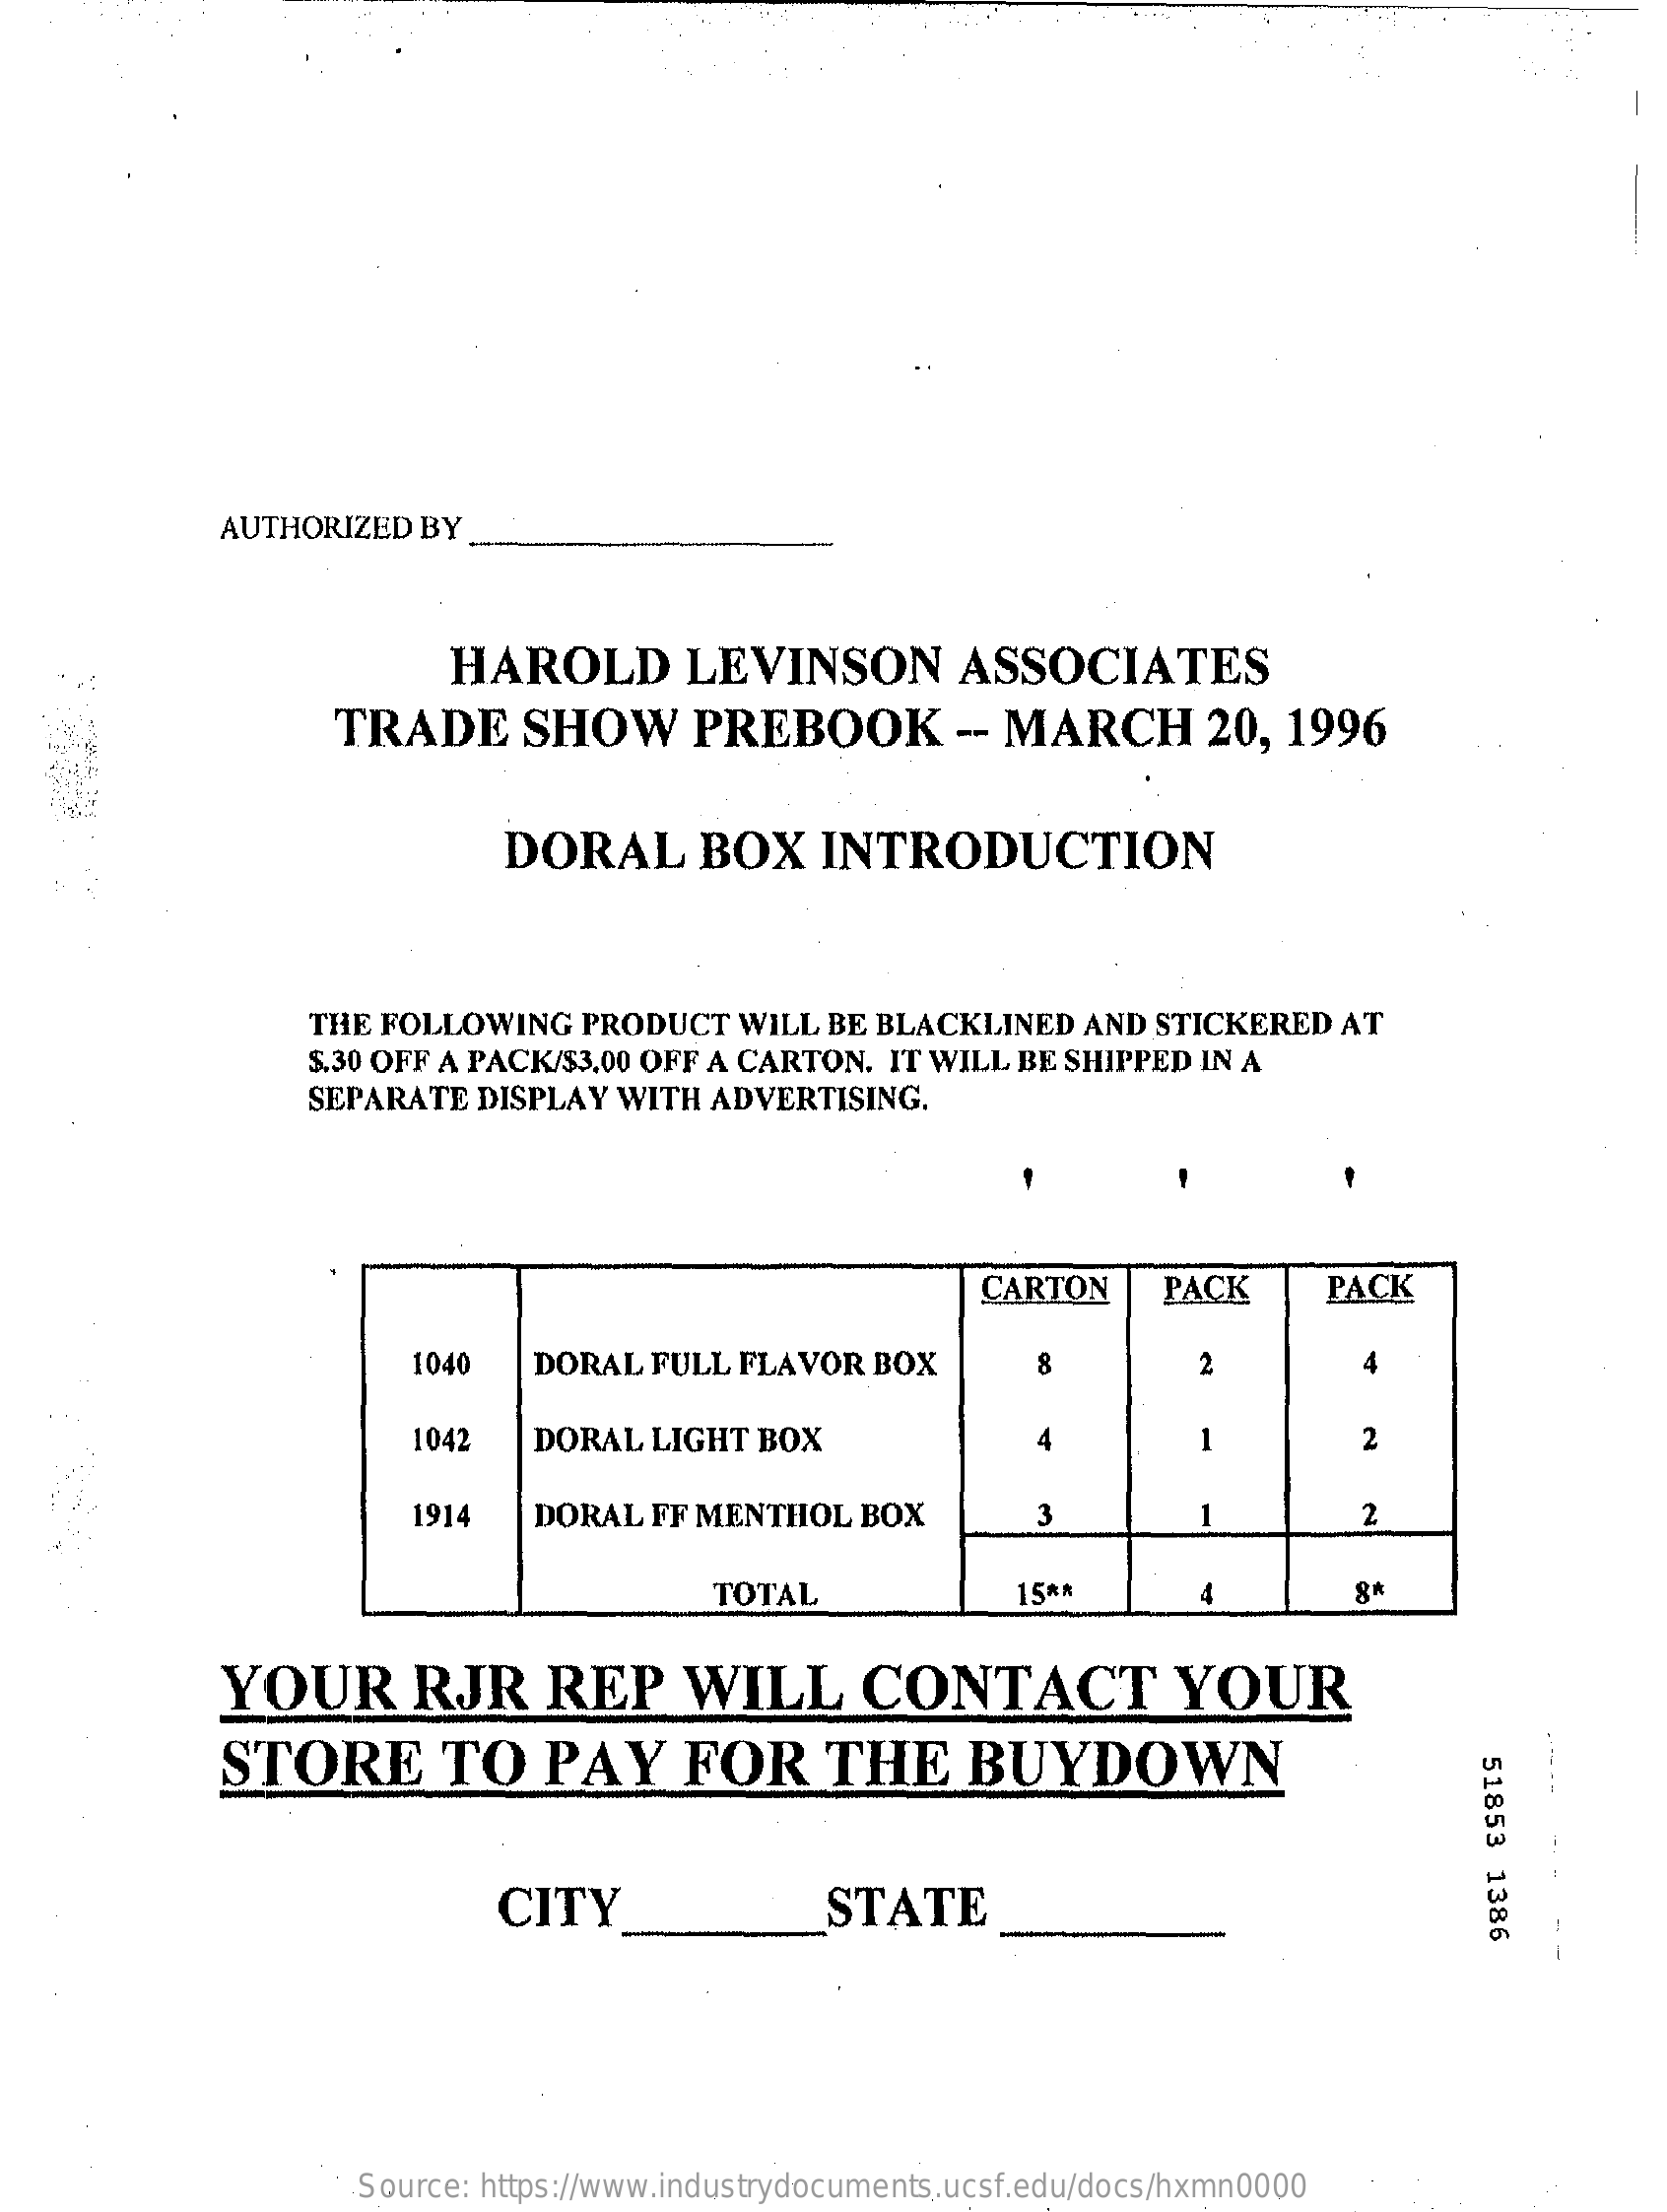
AUTHORIZED  BY
     HAROLD    LEVINSON    ASSOCIATES
     TRADE    SHOW    PREBOOK    -- MARCH    20,  1996
     DORAL    BOX    INTRODUCTION
     THE FOLLOWING   PRODUCT   WILL  BE BLACKLINED   AND STICKERED  AT
     $.30 OFF A PACK/$3.00 OFF A CARTON. IT WILL BE SHIPPED IN A
     SEPARATE   DISPLAY  WITH ADVERTISING.
     CARTON    PACK    PACK
     1040   DORAL  FULL  FLAVOR  BOX    2
     1042    DORAL  LIGHT BOX    4    1    2
     1914   DORAL   FF MENTHOL  BOX    3    1    2
     TOTAL    15 **    4    8*
     YOUR    RJR    REP    WILL    CONTACT    YOUR
     STORE    TO    PAY    FOR    THE    BUYDOWN
     51853
     1386 CITY STATE
     Source: https://www.industrydocuments.ucsf.edu/docs/hxmn0000